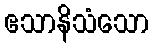
ဧသာနိသံသော